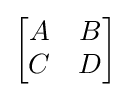
{\begin{bmatrix}A&B\\C&D\\\end{bmatrix}}